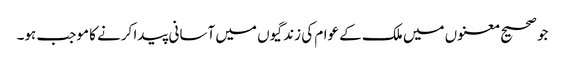
جو صحیح معنوں میں ملک کے عوام کی زندگیوں میں آسانی پیدا کرنے کا موجب ہو۔